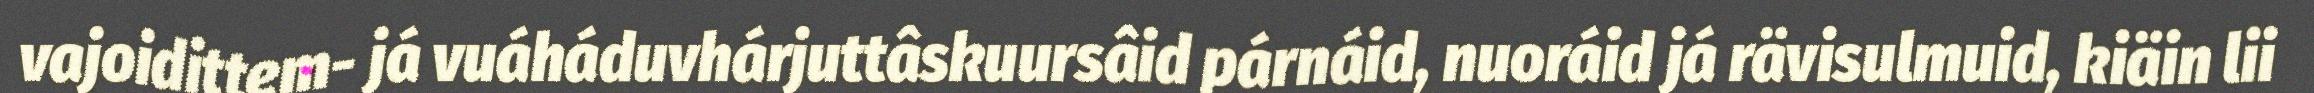
vajoidittem- já vuáháduvhárjuttâskuursâid párnáid, nuoráid já rävisulmuid, kiäin lii